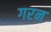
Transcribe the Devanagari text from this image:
गरन